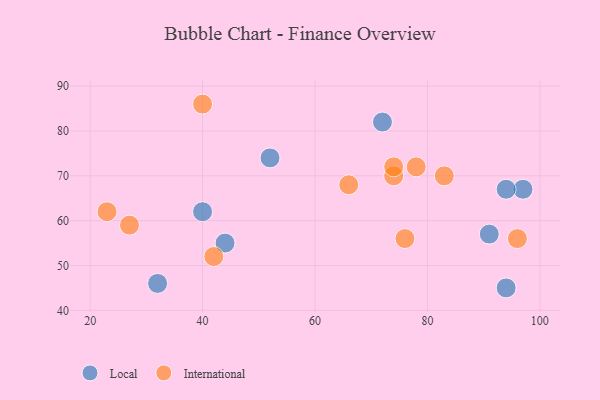
{"axis": {"x": "GDP", "y": "Life Expectancy"}, "legend": ["International", "Local"], "data": [{"x": "94", "y": 45, "type": "Local"}, {"x": "72", "y": 82, "type": "Local"}, {"x": "91", "y": 57, "type": "Local"}, {"x": "40", "y": 62, "type": "Local"}, {"x": "44", "y": 55, "type": "Local"}, {"x": "32", "y": 46, "type": "Local"}, {"x": "97", "y": 67, "type": "Local"}, {"x": "52", "y": 74, "type": "Local"}, {"x": "94", "y": 67, "type": "Local"}, {"x": "76", "y": 56, "type": "International"}, {"x": "23", "y": 62, "type": "International"}, {"x": "66", "y": 68, "type": "International"}, {"x": "78", "y": 72, "type": "International"}, {"x": "96", "y": 56, "type": "International"}, {"x": "42", "y": 52, "type": "International"}, {"x": "74", "y": 70, "type": "International"}, {"x": "83", "y": 70, "type": "International"}, {"x": "27", "y": 59, "type": "International"}, {"x": "74", "y": 72, "type": "International"}, {"x": "40", "y": 86, "type": "International"}]}